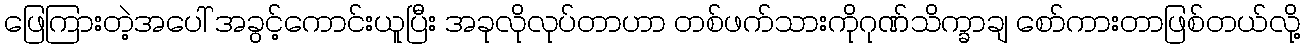
ဖြေကြားတဲ့အပေါ် အခွင့်ကောင်းယူပြီး အခုလိုလုပ်တာဟာ တစ်ဖက်သားကိုဂုဏ်သိက္ခာချ စော်ကားတာဖြစ်တယ်လို့